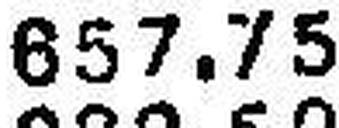
657.75